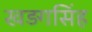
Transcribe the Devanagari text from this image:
खड़गसिंह